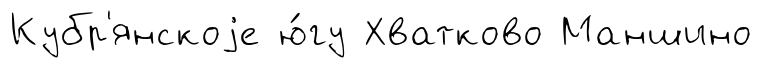
Кубр'янскоjе ю́гу Хватково Маншино